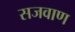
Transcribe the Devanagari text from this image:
सजवाण